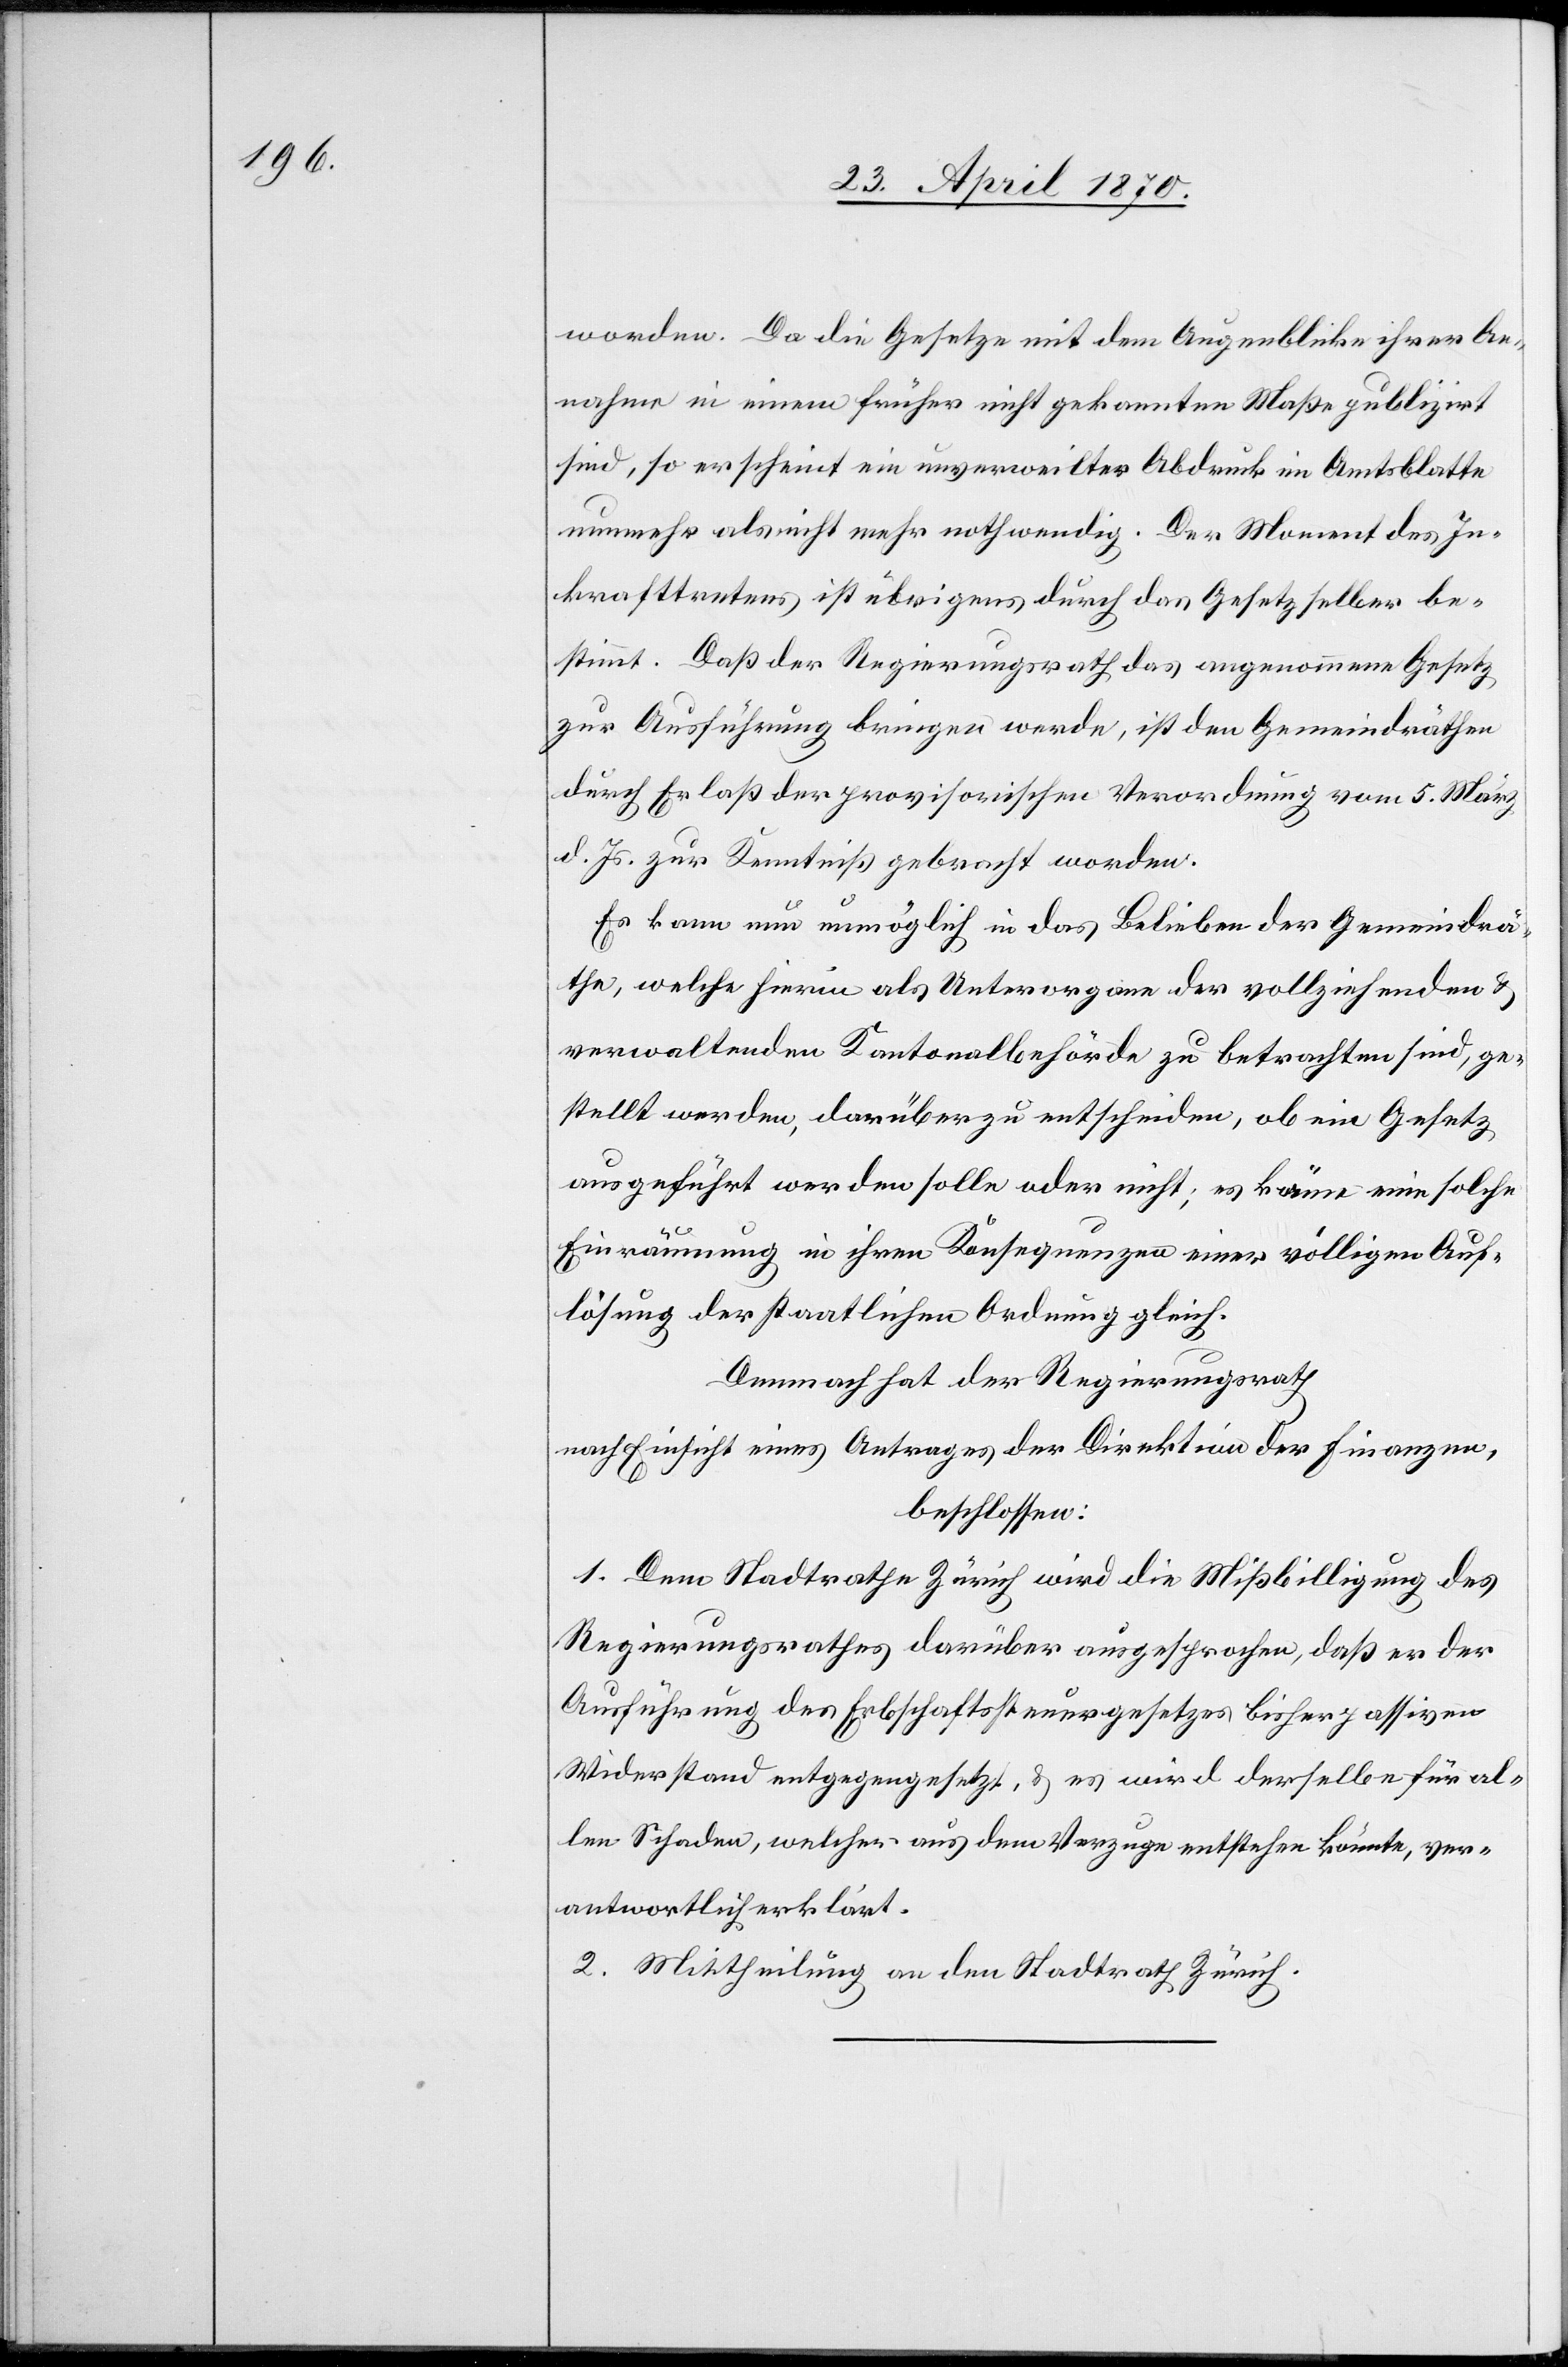
worden. Da die Gesetze mit dem Augenblicke ihrer An¬
nahme in einem früher nicht gekannten Maße publizirt
sind, so erscheint ein unverweilter Abdruck im Amtsblatte
nunmehr als nicht mehr nothwendig. Der Moment des In¬
krafttretens ist übrigens durch das Gesetz selber be¬
stimmt. Daß der Regierungsrath das angenommene Gesetz
zur Ausführung bringen werde, ist den Gemeindräthen
durch Erlaß der provisorischen Verordnung vom 5. März
d. Js. zur Kenntniß gebracht worden.
Es kann nun unmöglich in das Belieben der Gemeindrä¬
the, welche hierin als Unterorgane der vollziehenden &
verwaltenden Kantonalbehörde zu betrachten sind, ge¬
stellt werden, darüber zu entscheiden, ob ein Gesetz
ausgeführt werden solle oder nicht; es käme eine solche
Einräumung in ihren Konsequenzen einer völligen Auf¬
lösung der staatlichen Ordnung gleich.
Demnach hat der Regierungsrath
nach Einsicht eines Antrages der Direktion der Finanzen,
beschlossen:
1. Dem Stadtrathe Zürich wird die Mißbilligung des
Regierungsrathes darüber ausgesprochen, daß er der
Ausführung des Erbschaftssteuergesetzes bisher passiven
Widerstand entgegengesetzt, & es wird derselbe für al¬
len Schaden, welcher aus dem Verzuge entstehen könnte, ver¬
antwortlich erklärt.
2. Mittheilung an den Stadtrath Zürich.